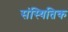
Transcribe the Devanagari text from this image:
संस्थितिक